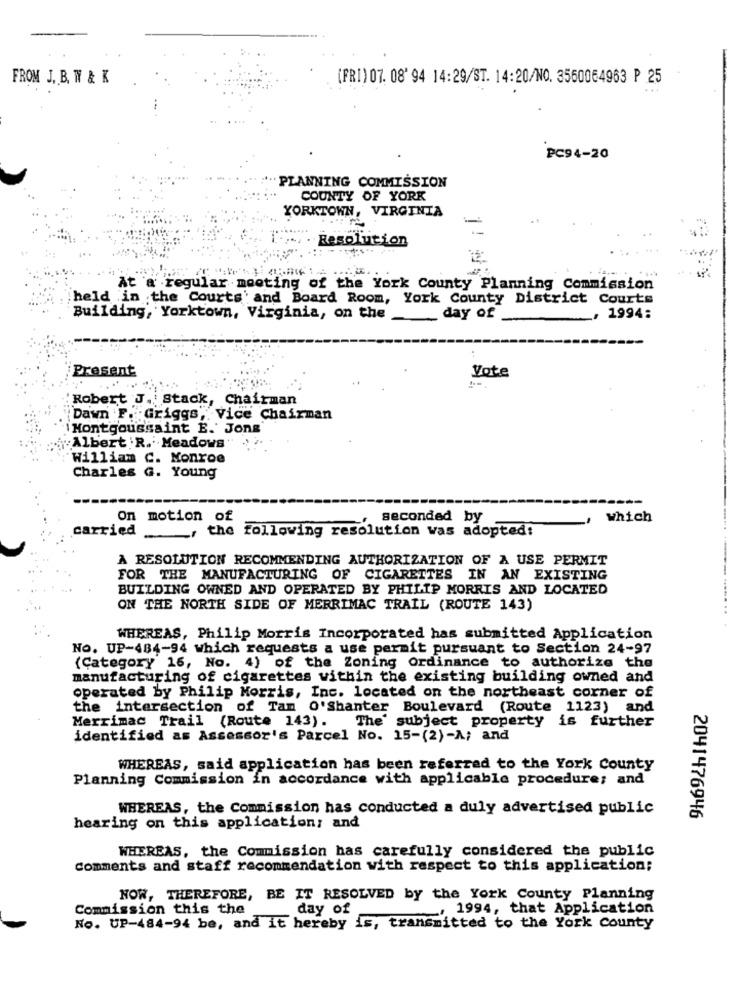
FROM J. B. T & K
(FRI) 07. 08' 94 14:29/ST. 14:20/NO. 3560064963 P 25
PC94-20
PLANNING COMMISSION
COUNTY OF YORK
YORKTOWN, VIRGINIA
Resolution
At a regular meeting of the York County Planning Commission
held in the Courts' and Board Room, York County District Courts
Building, Yorktown, Virginia, on the __ day of
_. 1994:
Present
Vote
Robert J. Stack, Chairman
Dawn F. Griggs, Vice Chairman
Montgoussaint E. Jons
"Albert .R.' Meadows"
William C. Monroe
Charles G. Young
On motion of
seconded by
which
carried
, the following resolution was adopted!
A RESOLUTION RECOMMENDING AUTHORIZATION OF A USE PERMIT
FOR THE MANUFACTURING OF CIGARETTES IN AN EXISTING
BUILDING OWNED AND OPERATED BY PHILIP MORRIS AND LOCATED
ON THE NORTH SIDE OF MERRIMAC TRAIL (ROUTE 143)
WHEREAS, Philip Morris Incorporated has submitted Application
No. UP-484-94 which requests a use permit pursuant to Section 24-97
(Category 16, No. 4) of the Zoning Ordinance to authorize the
manufacturing of cigarettes within the existing building owned and
operated by Philip Morris, Inc. located on the northeast corner of
the intersection of Tam O'Shanter Boulevard (Route 1123) and
Merrimac Trail (Route 143).
The' subject property is further
identified as Assessor's Parcel No. 15-(2)-A; and
WHEREAS, said application has been referred to the York County
Planning Commission in accordance with applicable procedure; and
WHEREAS, the Commission has conducted a duly advertised public
2041476946
hearing on this application; and
WHEREAS, the Commission has carefully considered the public
Comments and staff recommendation with respect to this application;
NOW, THEREFORE, BE IT RESOLVED by the York County Planning
Commission this the
day of
. 1994, that Application
No. UP-484-94 be, and it hereby is, transmitted to the York County